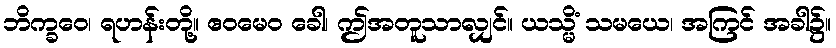
ဘိက္ခဝေ၊ ရဟန်းတို့။ ဧဝမေဝ ခေါ၊ ဤအတူသာလျှင်။ ယသ္မိံ သမယေ၊ အကြင် အခါ၌။